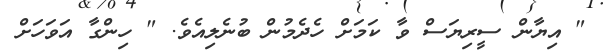
" އިޔާން ސީރިޔަސް ވާ ކަމަށް ހެދެމުން ބުނެލިއެވެ. " ހިންގާ އަވަހަށް